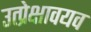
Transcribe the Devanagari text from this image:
उत्प्रेक्षावयव